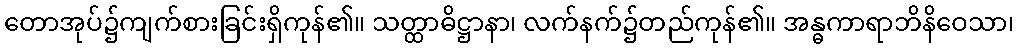
တောအုပ်၌ကျက်စားခြင်းရှိကုန်၏။ သတ္ထာဓိဋ္ဌာနာ၊ လက်နက်၌တည်ကုန်၏။ အန္ဓကာရာဘိနိဝေသာ၊